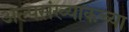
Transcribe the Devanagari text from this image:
अल्पसंख्याकच्या